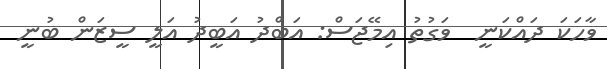
ވާހަކަ ދައްކަނީ  ވަގުތު އިމޭޖަސް: އަބްދު އަބީދު އަލީ ސީޒަން ބުނީ